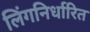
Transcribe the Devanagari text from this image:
लिंगनिर्धारित